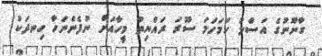
ގާނޫނުގެ އަސްލު ހަމަހަމަ ސޫރަ ރައްޔިތު މީހާއަށް ނުފެންނަހާ ހިނދަކު